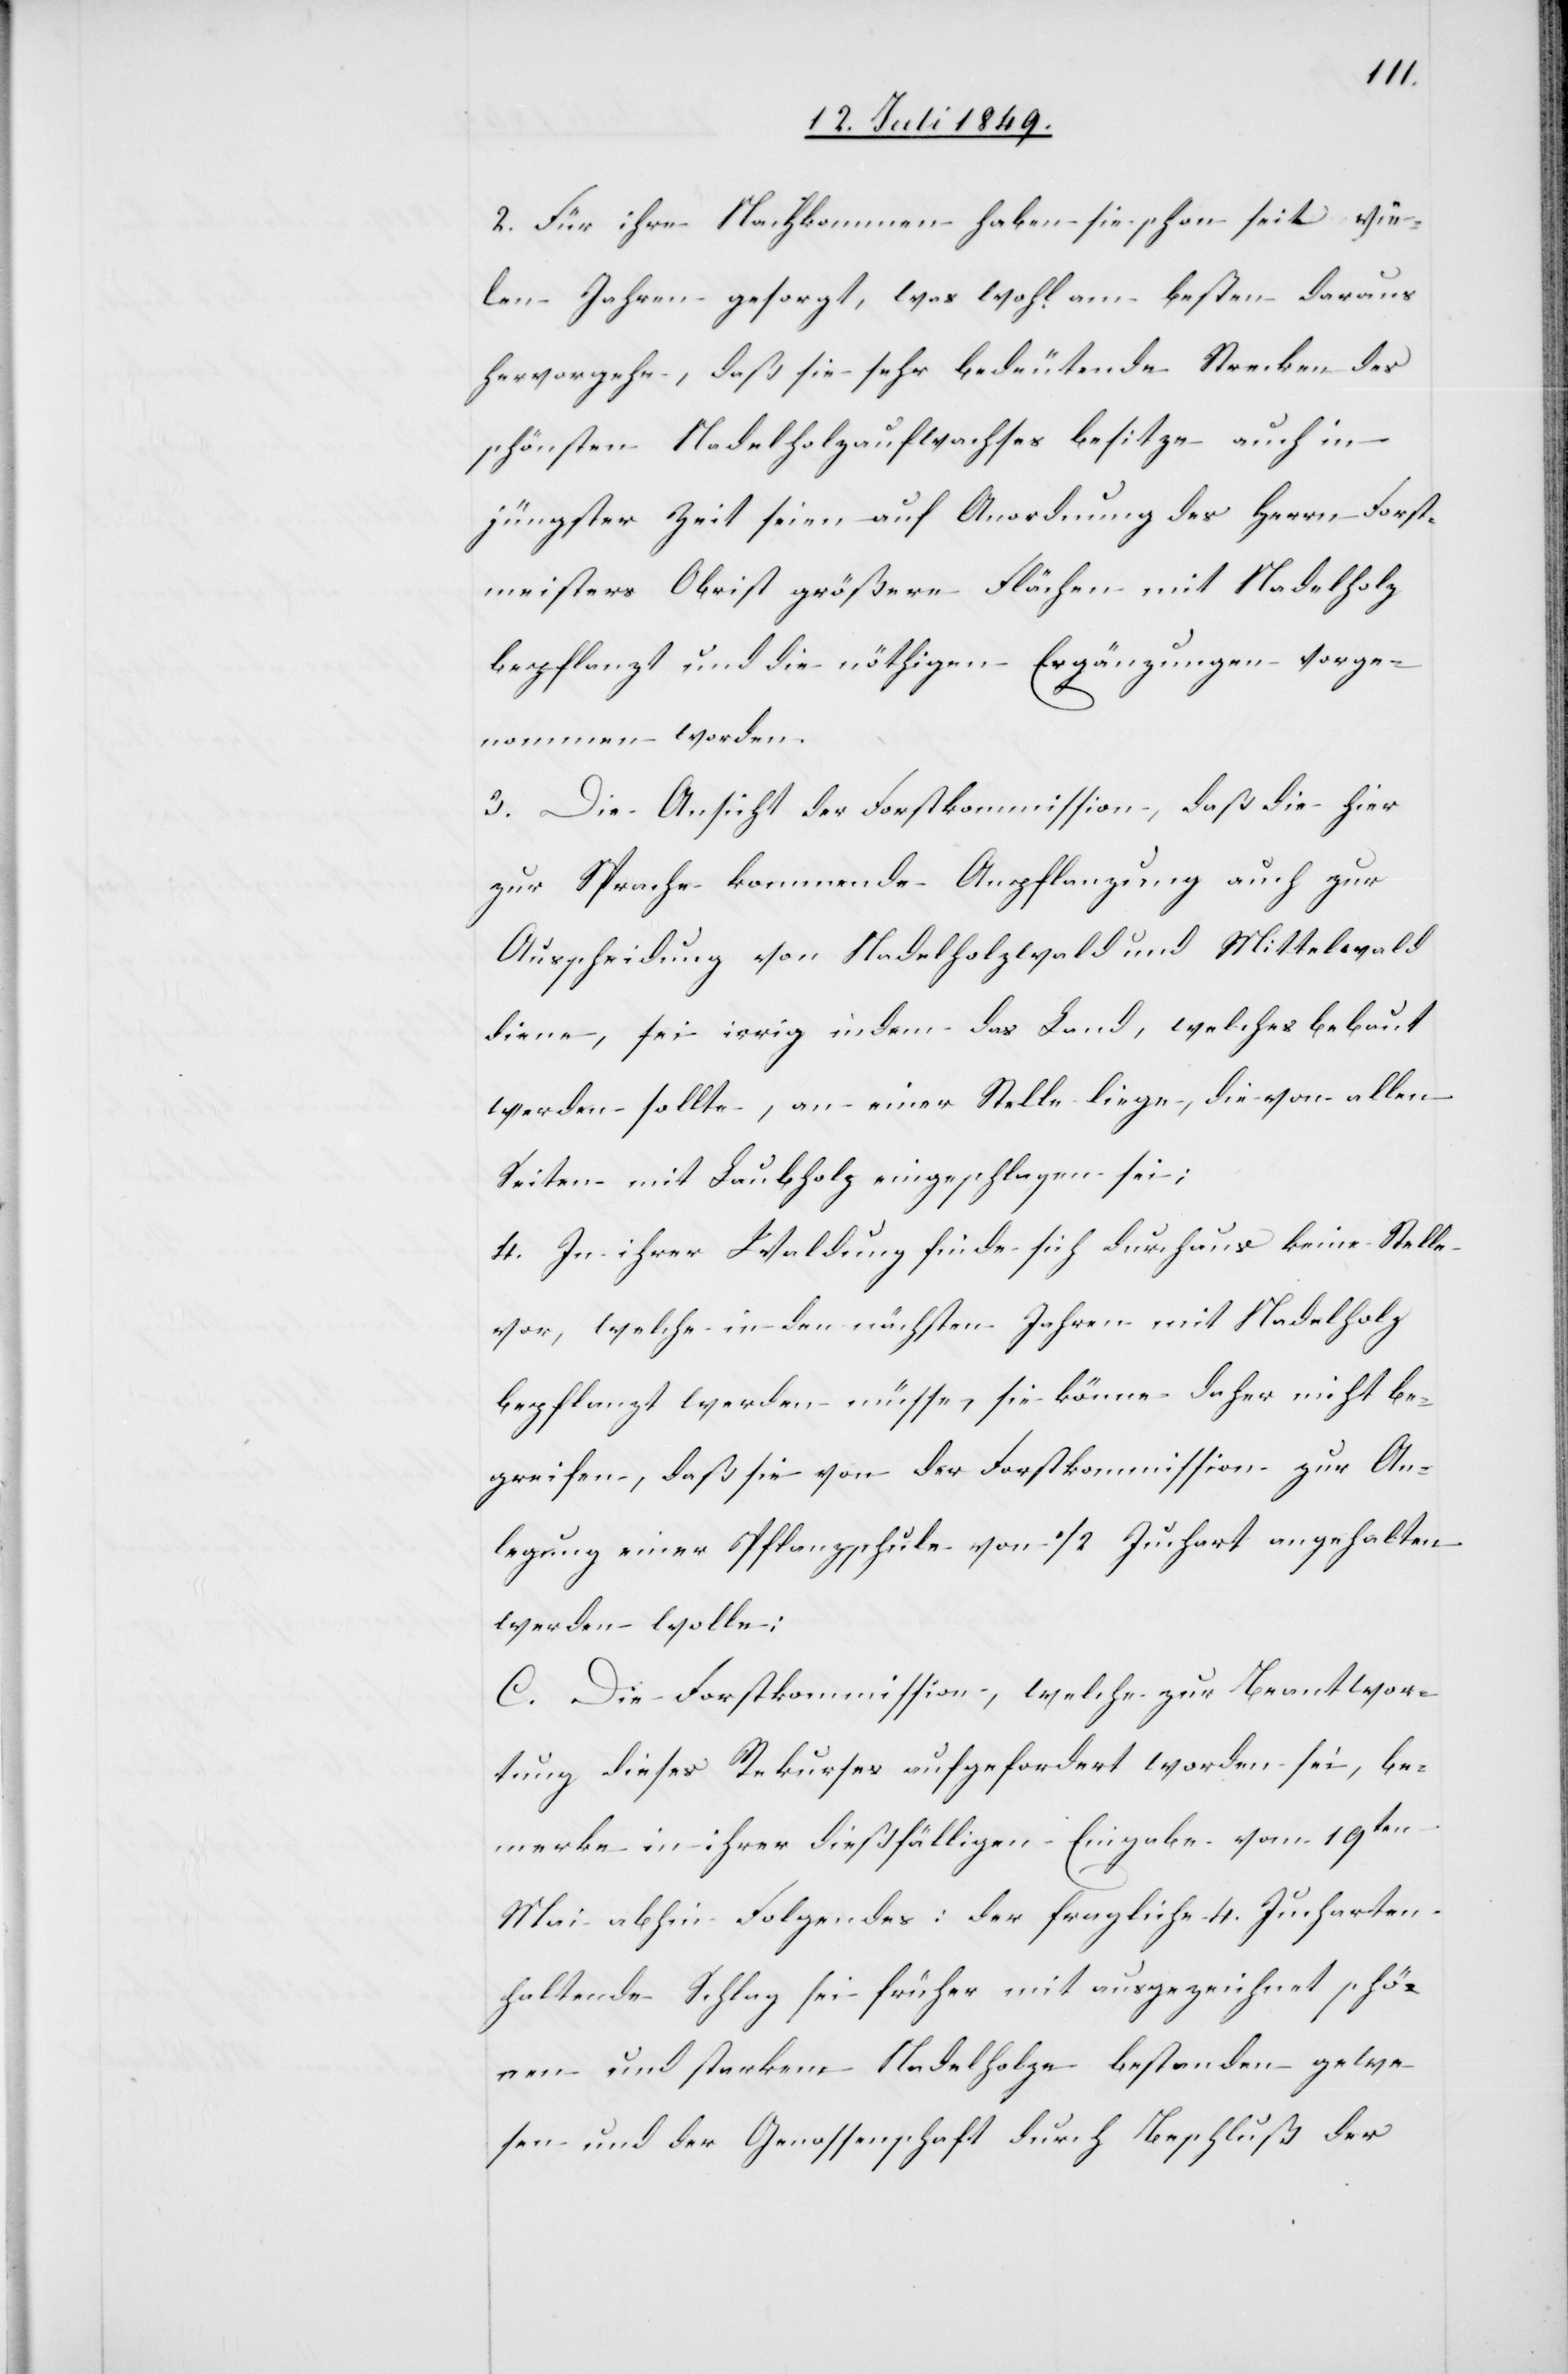
2. Für ihre Nachkommen haben sie schon seit vie¬
len Jahren gesorgt, was wohl am besten daraus
hervorgehe, daß sie sehr bedeutende Strecken des
schönsten Nadelholzaufwachses besitze auch in
jüngster Zeit seien auf Anordnung des Herrn Forst¬
meisters Obrist größere Flächen mit Nadelholz
bepflanzt und die nöthigen Ergänzungen vorge¬
nommen worden.
3. Die Ansicht der Forstkommission, daß die hier
zur Sprache kommende Anpflanzung auch zur
Ausscheidung von Nadelholzwald und Mittelwald
diene, sei irrig indem das Land, welches bebaut
werden sollte, an einer Stelle liege, die von allen
Seiten mit Laubholz eingeschlagen sei;
4. In ihrer Waldung finde sich durchaus keine Stelle
vor, welche in den nächsten Jahren mit Nadelholz
bepflanzt werden müsse, sie könne daher nicht be¬
greifen, daß sie von der Forstkommission zur An¬
legung einer Pflanzschule von 1/2 Juchart angehalten
werden wolle;
C. Die Forstkommission, welche zur Beantwor¬
tung dieses Rekurses aufgefordert worden sei, be¬
merke in ihrer dießfälligen Eingabe vom 19ten
Mai abhin Folgendes: der fragliche 4. Jucharten
haltende Schlag sei früher mit ausgezeichnet schö¬
nen und starkem Nadelholze bestanden gewe¬
sen und der Genossenschaft durch Beschluß der